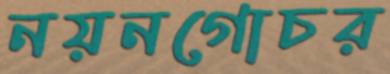
নয়নগোচর